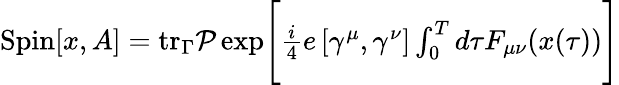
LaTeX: \begin{array}{r}{\mathrm{Spin}[x,A]=\mathrm{tr}_{\Gamma}{\cal P}\exp\Biggl[{{\frac{i}{4}}e\, [\gamma^{\mu},\gamma^{\nu}]\int_{0}^{T}d\tau F_{\mu\nu}(x(\tau))}\Biggr]}\end{array}